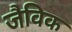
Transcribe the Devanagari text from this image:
जैविक